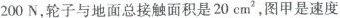
200N，轮子与地面总接触面积是20cm^{2}，图甲是速度